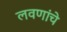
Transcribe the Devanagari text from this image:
लवणांचे